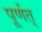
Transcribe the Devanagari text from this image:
पूर्णत्